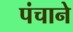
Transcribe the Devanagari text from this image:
पंचाने